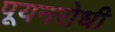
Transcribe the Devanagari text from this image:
पूयनरोधी